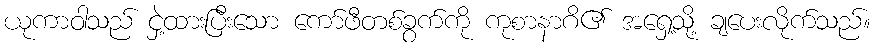
ယုကာဝါသည် ငှဲ့ထားပြီးသော ကော်ဖီတစ်ခွက်ကို ကုစာနာဂိ၏ အရှေ့သို့ ချပေးလိုက်သည်။